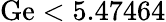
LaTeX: \mathrm{Ge}<5.47464